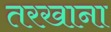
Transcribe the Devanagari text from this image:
तरखाना